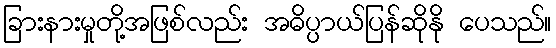
ခြားနားမှုတို့အဖြစ်လည်း အဓိပ္ပာယ်ပြန်ဆိုနို ပေသည်။